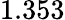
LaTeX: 1.353